Scottish Leaving Certificate Examination, 1952
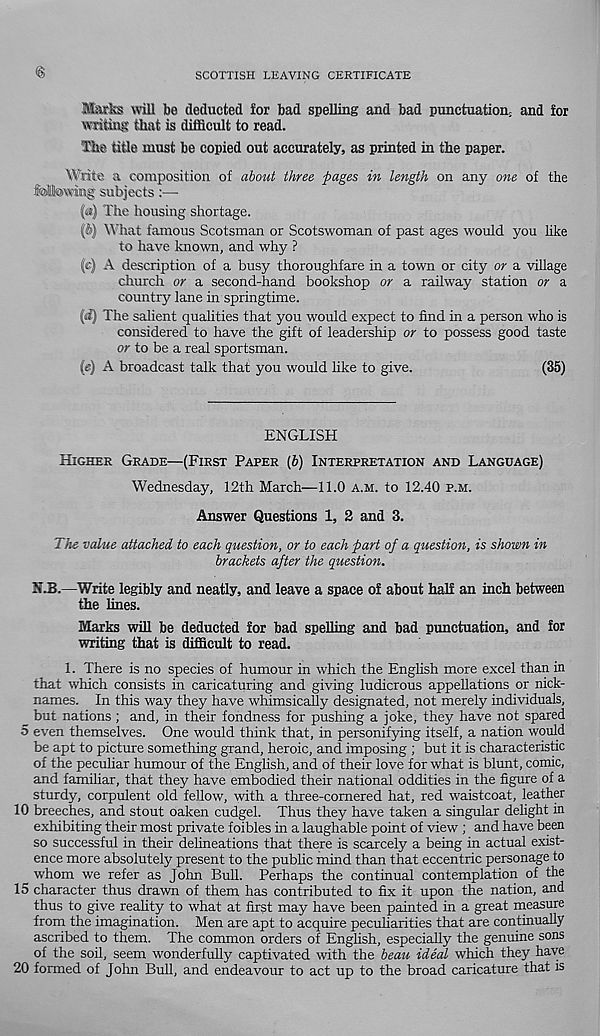
SCOTTISH LEAVING CERTIFICATE
ifaflss will be deducted for bad spelling and bad punctuation; and for
writing that is difficult to read.
flue title must be copied out accurately, as printed in the paper.
Write a composition of about three pages in length on any one of the
Hfctwiog subjects:—
The housing shortage.
(fe) What famous Scotsman or Scotswoman of past ages would you like
to have known, and why ?
(e) A description of a busy thoroughfare in a town or city or a village
church or a second-hand bookshop or a railway station or a
country lane in springtime.
The salient qualities that you would expect to find in a person who is
considered to have the gift of leadership or to possess good taste
or to be a real sportsman.
(e) A broadcast talk that you would like to give.
(35)
ENGLISH
HIGHER GRADE—(FIRST PAPER (b) INTERPRETATION AND LANGUAGE)
Wednesday, 12th March—11.0 A.M. to 12.40 P.M.
Answer Questions 1, 2 and 3.
The value attached to each question, or to each part of a question, is shown in
brackets after the question.
N.B.—Write legibly and neatly, and leave a space of about half an inch between
the lines.
Marks will be deducted for bad spelling and bad punctuation, and for
writing that is difficult to read.
1. There is no species of humour in which the English more excel than in
that which consists in caricaturing and giving ludicrous appellations or nick-
names. In this way they have whimsically designated, not merely individuals,
but nations ; and, in their fondness for pushing a joke, they have not spared
5 even themselves. One would think that, in personifying itself, a nation would
be apt to picture something grand, heroic, and imposing ; but it is characteristic
of the peculiar humour of the English, and of their love for what is blunt, comic,
and familiar, that they have embodied their national oddities in the figure of a
sturdy, corpulent old fellow, with a three-cornered hat, red waistcoat, leather
10 breeches, and stout oaken cudgel. Thus they have taken a singular delight in
exhibiting their most private foibles in a laughable point of view ; and have been
so successful in their dehneations that there is scarcely a being in actual exist-
ence more absolutely present to the public mind than that eccentric personage to
whom we refer as John Bull. Perhaps the continual contemplation of the
15 character thus drawn of them has contributed to fix it upon the nation, and
thus to give reality to what at first may have been painted in a great measure
from the imagination. Men are apt to acquire pecuharities that are continually
ascribed to them. The common orders of English, especially the genuine sons
of the soil, seem wonderfully captivated with the beau ideal which they have
20 formed of John Bull, and endeavour to act up to the broad caricature that is